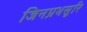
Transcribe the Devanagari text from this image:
जिनप्रभसूरि